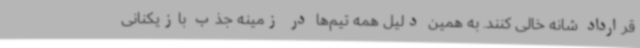
قرارداد شانه خالی کنند. به همین دلیل همه تیم‌ها در زمینه جذب بازیکنانی